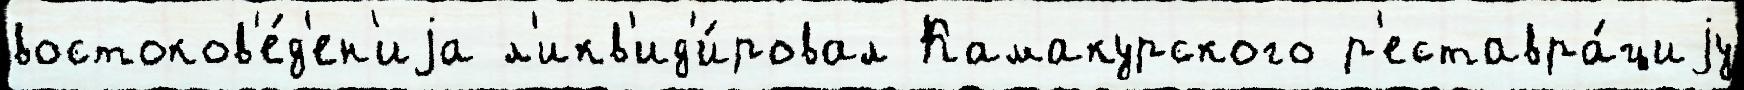
востоков'е́д'ен'иjа л'икв'ид'и́ровал Камакурского р'еставра́циjу